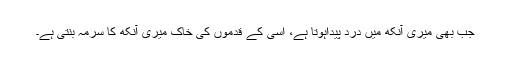
جب بھی میری آنکھ میں درد پیداہوتا ہے، اُسی کے قدموں کی خاک میری آنکھ کا سرمہ بنتی ہے۔